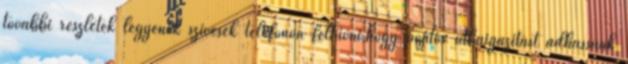
további részletek legyenek szívesek telefonon felhívni,hogy pontos útbaigazítást adhassunk